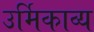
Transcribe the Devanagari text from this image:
उर्मिकाव्य